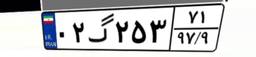
۰۲گ۲۵۳۷۱